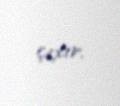
çıxır.